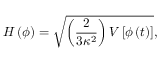
H \left( \phi \right) = \sqrt { \left( { \frac { 2 } { 3 \kappa ^ { 2 } } } \right) V \left[ \phi \left( t \right) \right] } ,